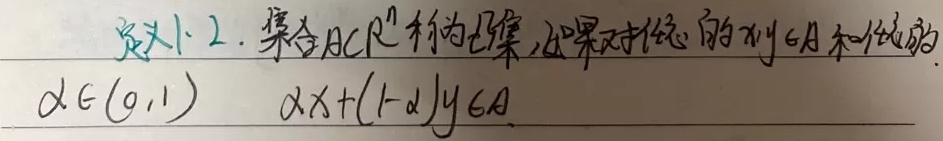
定义1.2. 集合\(A\subset\mathbb{R}^{n}\)称为凸集，如果对任意的\(x,y\in A\)和任意的\(\alpha\in(0,1)\)，有\(\alpha x+(1 - \alpha)y\in A\)。